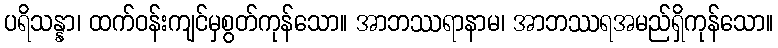
ပရိသန္နာ၊ ထက်ဝန်းကျင်မှစွတ်ကုန်သော။ အာဘဿရာနာမ၊ အာဘဿရအမည်ရှိကုန်သော။